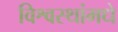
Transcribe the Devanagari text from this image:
विश्वस्थांमधे